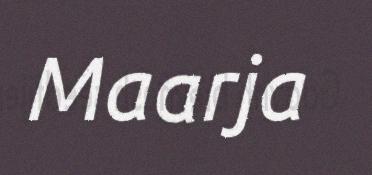
Maarja